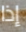
إذا